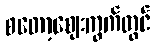
စတော့ဈေးကွက်တွင်